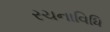
રચનાવિધિ